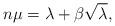
LaTeX: \begin{align*} n \mu = \lambda + \beta \sqrt{\lambda},\end{align*}